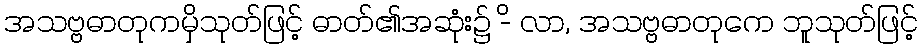
အသဗ္ဗဓာတုကမှိသုတ်ဖြင့် ဓာတ်၏အဆုံး၌ -ိ လာ, အသဗ္ဗဓာတုကေ ဘူသုတ်ဖြင့်